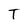
Character: T